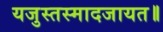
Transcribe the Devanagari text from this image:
यजुस्तस्मादजायत॥